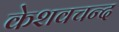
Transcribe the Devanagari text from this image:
केशवचन्द